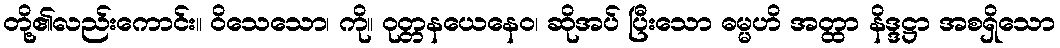
တို့၏လည်းကောင်း။ ဝိသေသော၊ ကို။ ဝုတ္တနယေနေဝ၊ ဆိုအပ် ပြီးသော ဓမ္မဟိ အတ္ထာ နိဒ္ဒဋ္ဌာ အစရှိသော